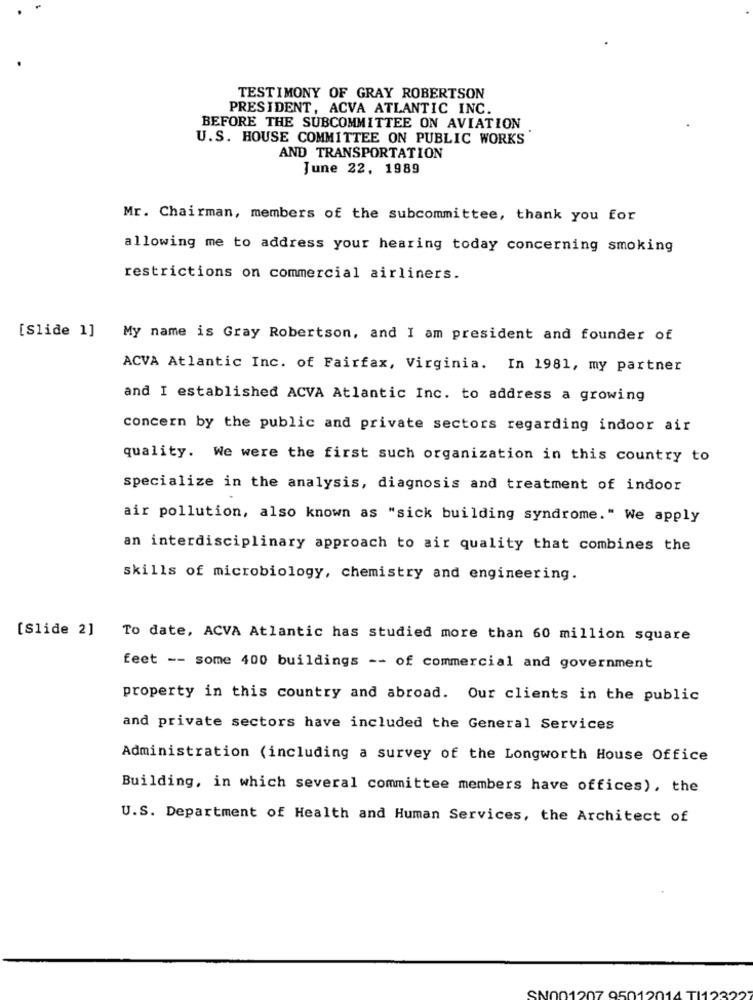
TESTIMONY OF GRAY ROBERTSON
PRESIDENT, ACVA ATLANTIC INC.
BEFORE THE SUBCOMMITTEE ON AVIATION
U.S. HOUSE COMMITTEE ON PUBLIC WORKS
AND TRANSPORTATION
June 22, 1989
Mr. Chairman, members of the subcommittee, thank you for
allowing me to address your hearing today concerning smoking
restrictions on commercial airliners.
[Slide 1]
My name is Gray Robertson, and I am president and founder of
ACVA Atlantic Inc. of Fairfax, Virginia. In 1981, my partner
and I established ACVA Atlantic Inc. to address a growing
concern by the public and private sectors regarding indoor air
quality. We were the first such organization in this country to
specialize in the analysis, diagnosis and treatment of indoor
air pollution, also known as "sick building syndrome." We apply
an interdisciplinary approach to air quality that combines the
skills of microbiology, chemistry and engineering.
[Slide 2]
To date, ACVA Atlantic has studied more than 60 million square
feet -- some 400 buildings -- of commercial and government
property in this country and abroad. Our clients in the public
and private sectors have included the General Services
Administration (including a survey of the Longworth House Office
Building, in which several committee members have offices), the
U.S. Department of Health and Human Services, the Architect of
SNOO1207